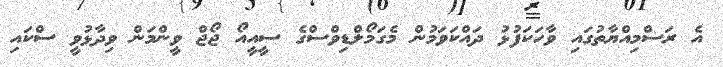
އެ ރަސްމިއްޔާތުގައި ވާހަކަފުޅު ދައްކަވަމުން މެގަމޯލްޑިވްސްގެ ސީއީއޯ ޖޯޖް ވީންމަން ވިދާޅުވީ ސްކައި